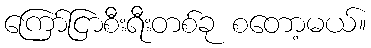
ကြော်ငြာစီးရီးတစ်ခု စတော့မယ်။